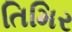
તિમિર